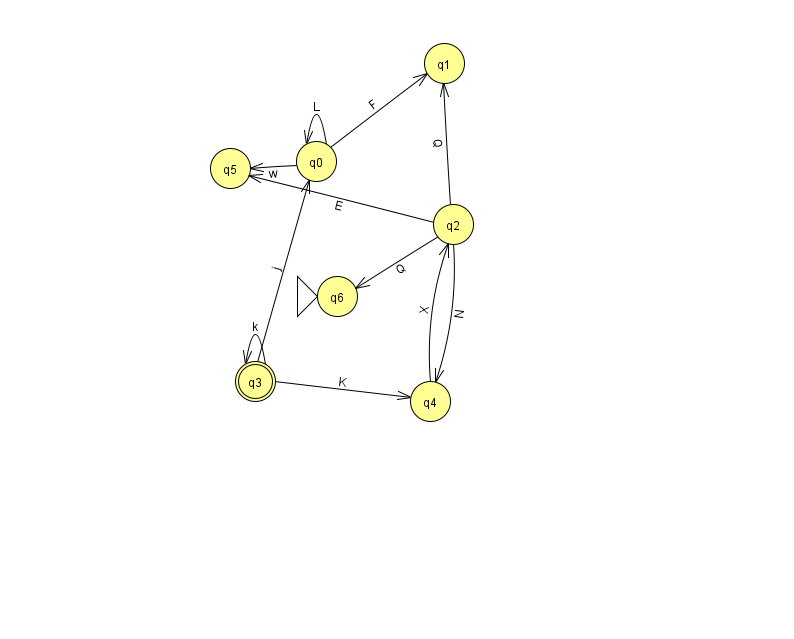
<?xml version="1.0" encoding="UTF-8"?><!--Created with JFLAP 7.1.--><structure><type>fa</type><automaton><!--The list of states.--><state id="0" name="q0"><x>316.0</x><y>148.0</y></state><state id="1" name="q1"><x>444.0</x><y>50.0</y></state><state id="2" name="q2"><x>453.0</x><y>211.0</y></state><state id="3" name="q3"><x>255.0</x><y>368.0</y><final/></state><state id="4" name="q4"><x>430.0</x><y>388.0</y></state><state id="5" name="q5"><x>230.0</x><y>155.0</y></state><state id="6" name="q6"><x>337.0</x><y>283.0</y><initial/></state><!--The list of transitions.--><transition><from>3</from><to>0</to><read>j</read></transition><transition><from>2</from><to>1</to><read>Q</read></transition><transition><from>2</from><to>6</to><read>Q</read></transition><transition><from>4</from><to>2</to><read>X</read></transition><transition><from>2</from><to>5</to><read>E</read></transition><transition><from>3</from><to>4</to><read>K</read></transition><transition><from>2</from><to>4</to><read>N</read></transition><transition><from>0</from><to>1</to><read>F</read></transition><transition><from>3</from><to>3</to><read>k</read></transition><transition><from>0</from><to>0</to><read>L</read></transition><transition><from>0</from><to>5</to><read>w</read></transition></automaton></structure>